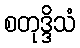
စတုဒ္ဒိသံ